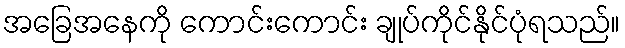
အခြေအနေကို ကောင်းကောင်း ချုပ်ကိုင်နိုင်ပုံရသည်။